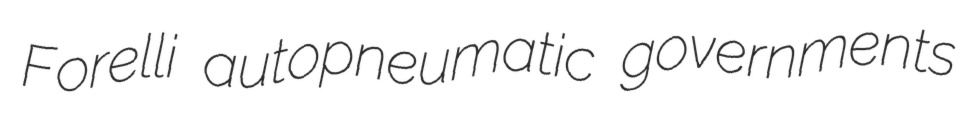
Forelli autopneumatic governments